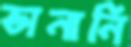
ভানানি